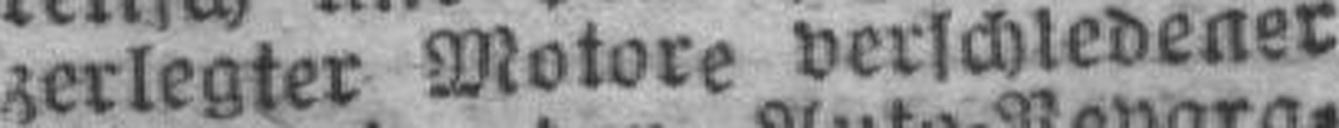
zerlegter Motore verschiedener